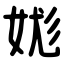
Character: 娏